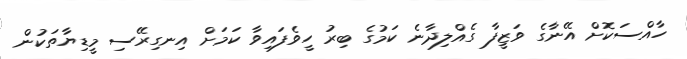
ހާއްސަކޮށް އޭނާގެ ވަޒީފާ ގެއްލިދާނެ ކަމުގެ ބިރު ހީވެފައިވާ ކަމަށް އިނގިރޭސި މީޑިޔާތަކުން